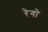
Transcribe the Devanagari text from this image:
रेगो